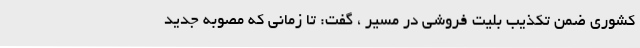
کشوری ضمن‌ تکذیب بلیت فروشی در مسیر ، گفت: تا زمانی که مصوبه جدید